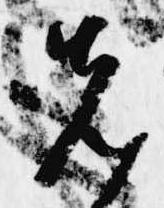
先